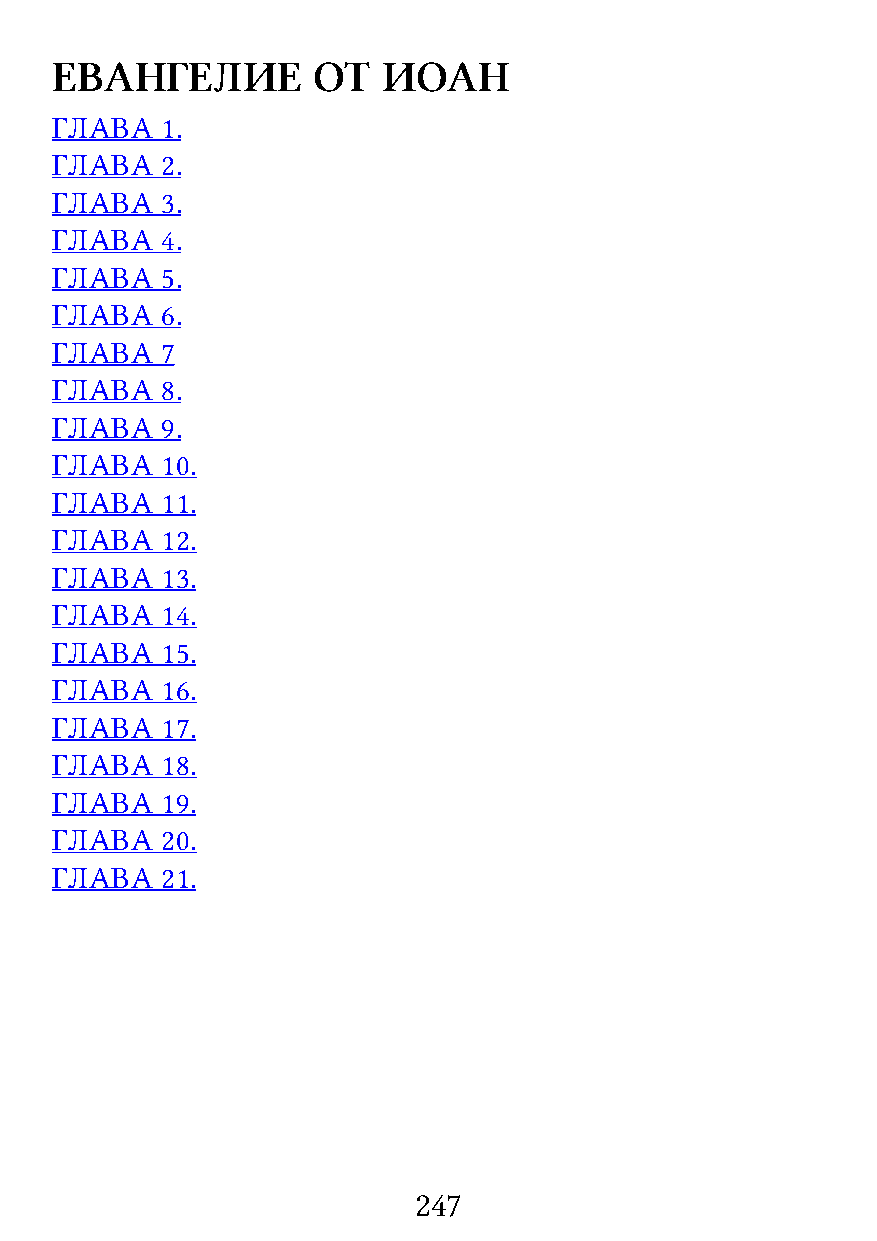
ЕВАНГЕЛИЕ         ОТ  ИОАН
 ГЛАВА   1.
 ГЛАВА   2.
 ГЛАВА   3.
 ГЛАВА   4.
 ГЛАВА   5.
 ГЛАВА   6.
 ГЛАВА   7
 ГЛАВА   8.
 ГЛАВА   9.
 ГЛАВА   10.
 ГЛАВА   11.
 ГЛАВА   12.
 ГЛАВА   13.
 ГЛАВА   14.
 ГЛАВА   15.
 ГЛАВА   16.
 ГЛАВА   17.
 ГЛАВА   18.
 ГЛАВА   19.
 ГЛАВА   20.
 ГЛАВА   21.
 247